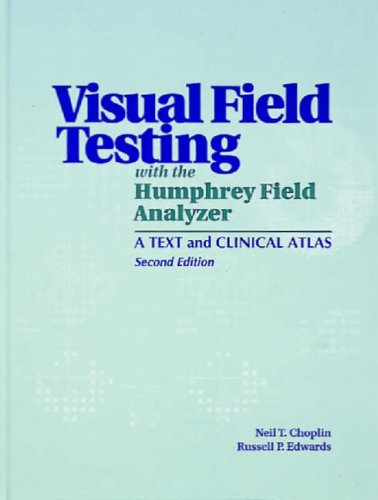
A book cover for Visual Field Testing with the Humphrey Field Analyzer: A Text and Clinical Atlas; Neil T. Choplin MD; Medical Books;